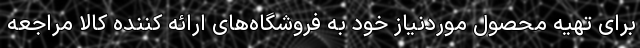
برای تهیه محصول موردنیاز خود به فروشگاه‌های ارائه کننده کالا مراجعه